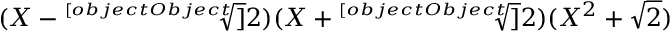
( X - { \sqrt [ [object Object] ] { 2 } } ) ( X + { \sqrt [ [object Object] ] { 2 } } ) ( X ^ { 2 } + { \sqrt { 2 } } )